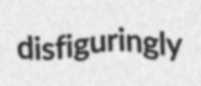
disfiguringly